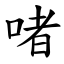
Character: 啫